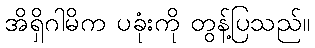
အိရှိဂါမိက ပခုံးကို တွန့်ပြသည်။